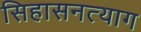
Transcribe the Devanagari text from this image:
सिहासनत्याग